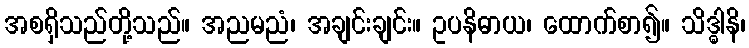
အစရှိသည်တို့သည်။ အညမညံ၊ အချင်းချင်း။ ဥပနိဓာယ၊ ထောက်စာ၍။ သိဒ္ဓါနိ၊